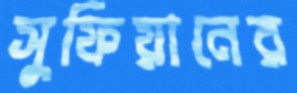
সুফিয়ানের